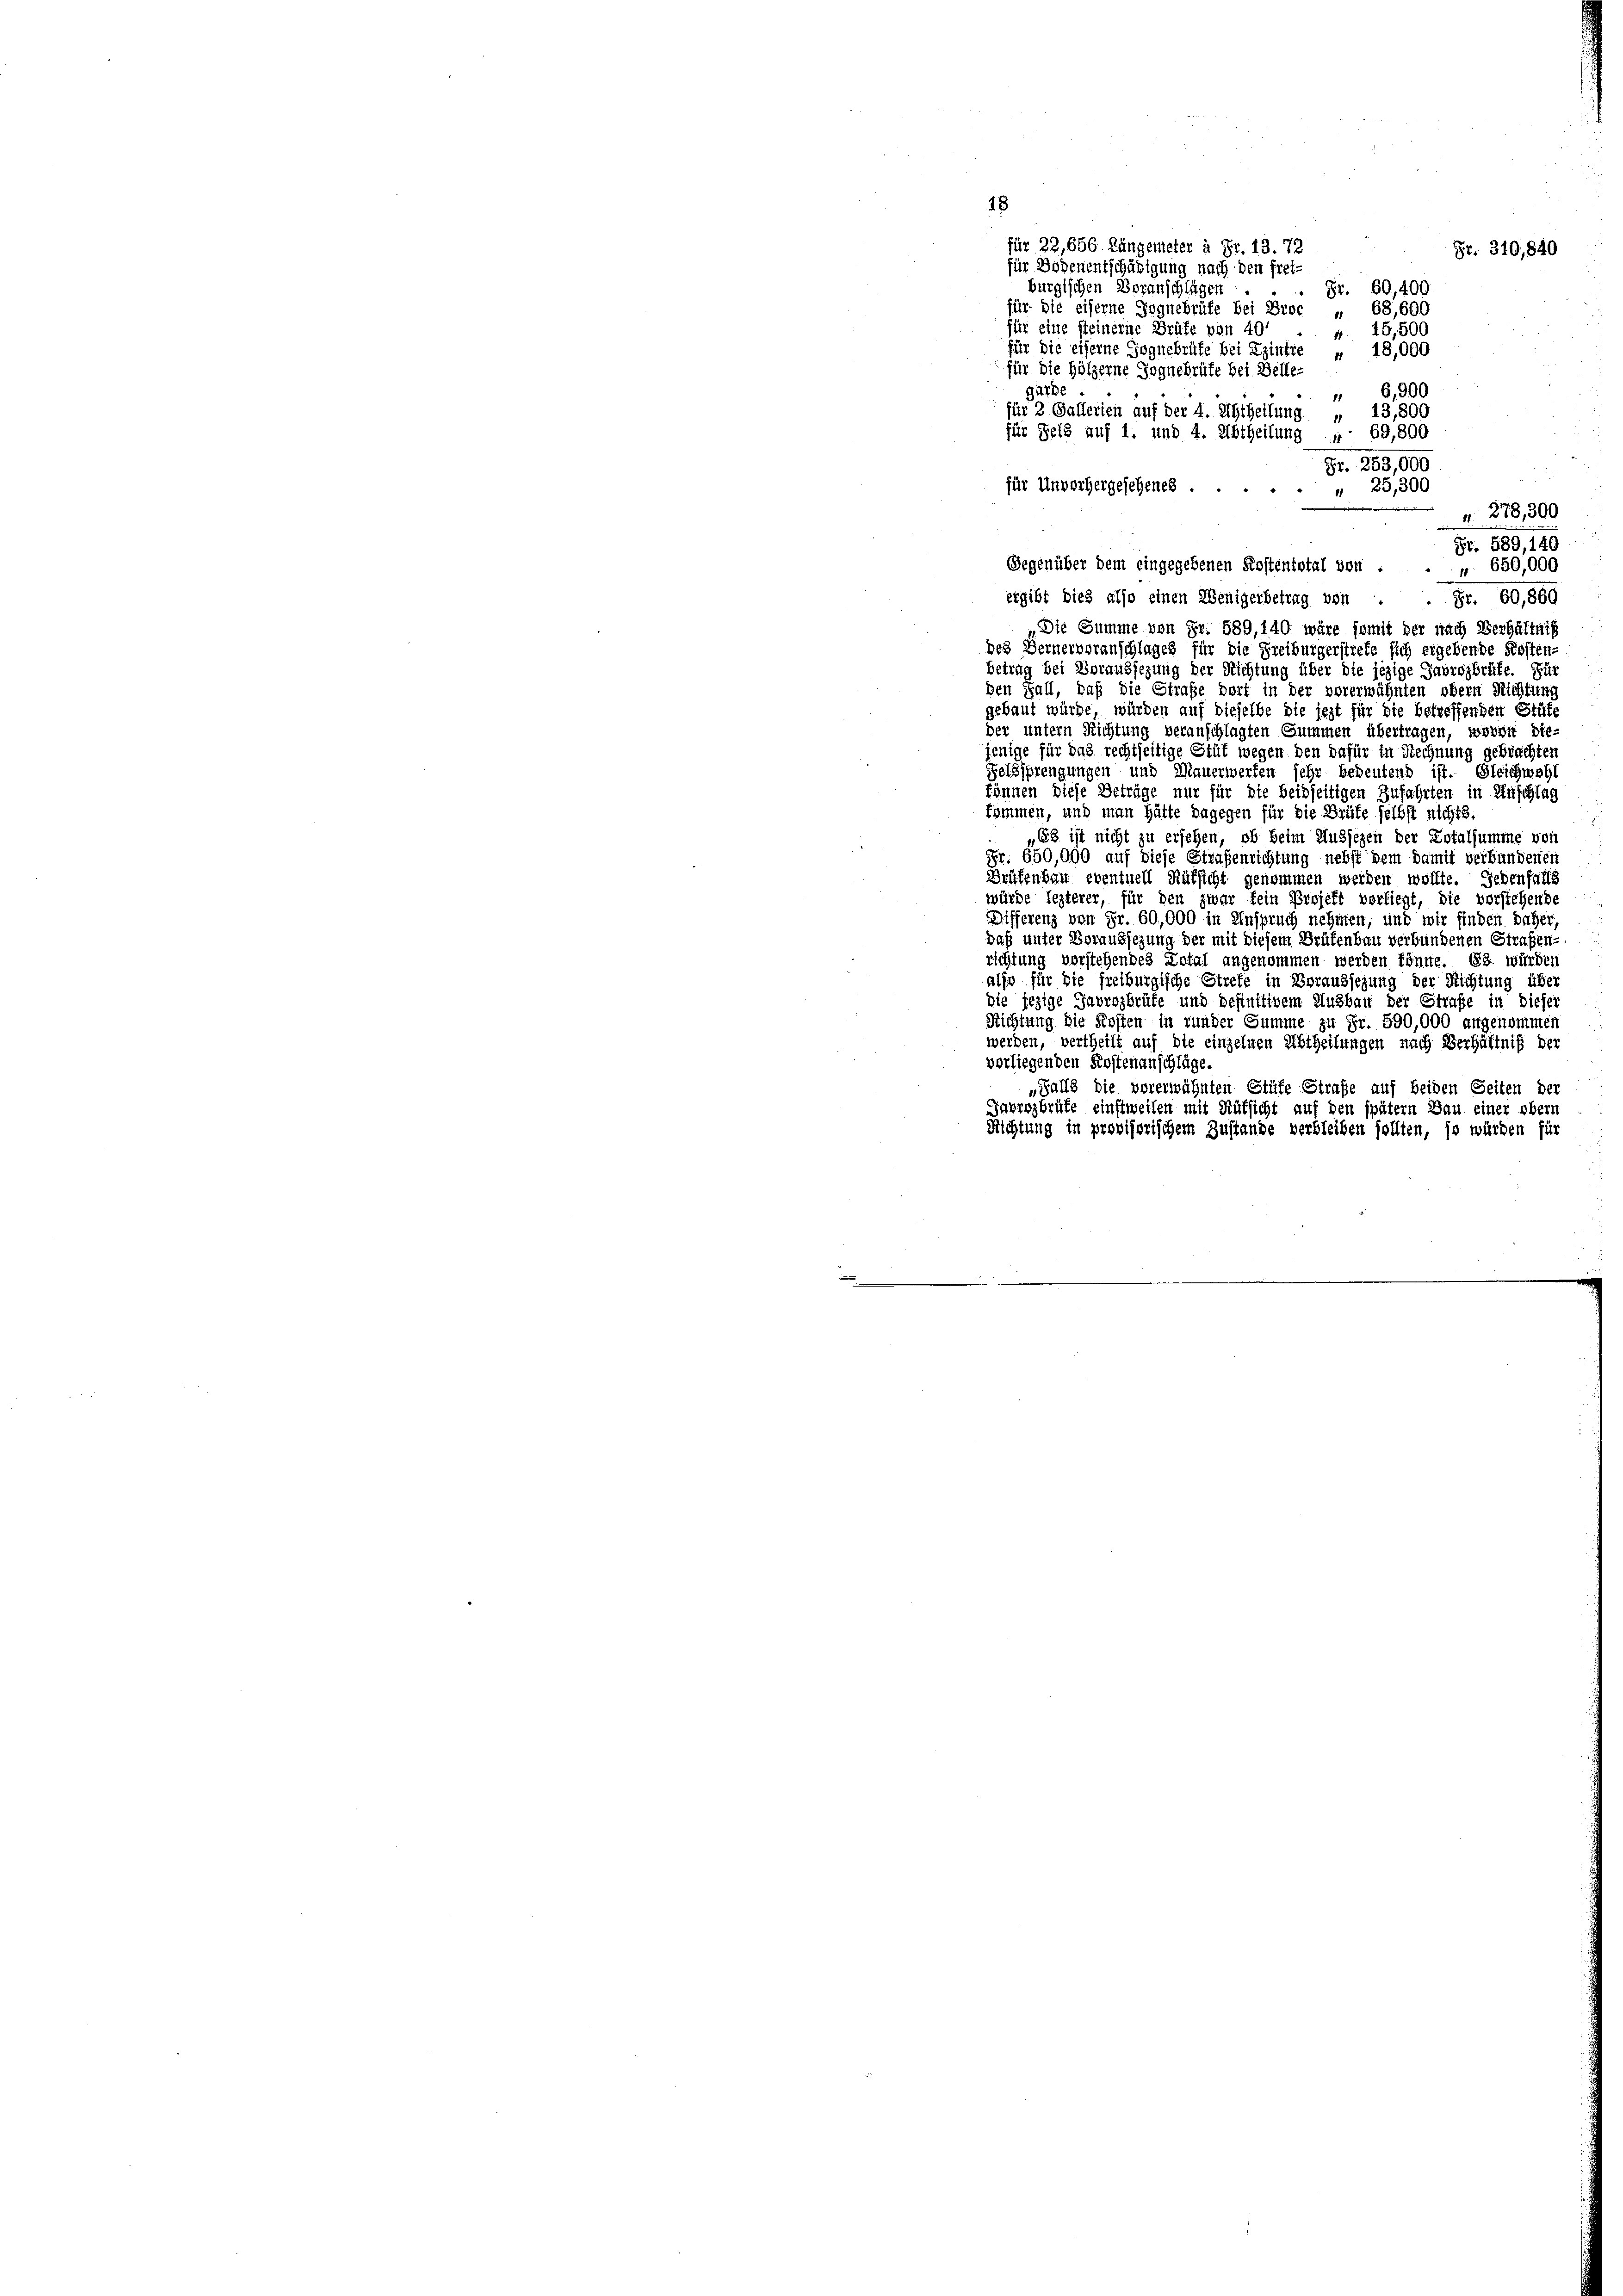
18
für 22, 656 Längemeter à Fr. 13. 72
für Bodenentschädigung nach den frei-
burgischen Voranschlägen.
für die eiserne Jognebrüfe bei Broc „ 68,600
für eine steinerne Brüfe von 40
 15,500
für die eiserne Goguebrüfe bei Eintre » 18,000
für die Hölzerne Jognebrüte bei Belle-
garde
 6,900
für 2 Gallerien auf der 4. Abtheilung „ 13,800
für Pelz auf 1. und 4. Abtheilung „ 69,800
Fr. 253,000
für Unvorhergesehenes.
" 25,300
 278,300
Fr. 589, 140
Gegenüber dem eingegebenen Kostentotal von .
" 650,000
ergibt dies also einen Wenigerbetrag von
Fr. 60, 800
„Die Summe von Fr. 589, 140. wäre somit der nach Verhältnis
des Bernervoranschlages für die Freiburgerstrete sich ergebende Kosten-
betrag bei Voraussezung der Richtung über die jezige Javrojbrüte. Fü
den Fall, daß die Straße dort in der vorerwähnten obern Richtin
gebaut würde, würden auf dieselbe die jezt für die betreffenden Stuf
der untern Richtung veranschlagten Summen übertragen, wovon die
jenige für das rechtseitige Stüt wegen den dafür in Rechnung gebrachten
Feldsprengungen und Mauerwerfen sehr bedeutend ist. Gleichwohl
können diese Beträge nur für die beidseitigen Zufahrten in Anschlag
kommen, und man hätte dagegen für die Brüfe selbst nichts
68 ist nicht zu ersehen, ob beim Audjezen der Dotalsumme von
Fr. 650,000 auf diese Strafenrichtung nebst dem damit verbundenen
Brüfenbau eventuell Rüksicht genommen werden wollte. Jedenfalls
würde lezterer, für den zwar fein Projekt vorliegt, die vorstehende
Differenz von Fr. 60,000 in Anspruch nehmen, und wir finden daher
daß unter Voraussezung der mit diesem Brüfenbau verbundenen Straßen-
richtung verstehendes Total angenommen werden könne. Es würder
also für die freiburgische Strete in Voraussezung der Richtung über
die jezige Gabrezbrüfe und befinitivem Ausbau der Straße in Diefer
Richtung die Kosten in runder Summe zu Fr. 590,000 angenommen
werden, vertheilt auf die einzelnen Abtheilungen nach Verhältniß der
verliegenden Kostenanschläge.
„Falls die vorerwähnten Stüfe Straße auf beiden Seiten der
Jabrozbrüfe einstweilen mit Rüksicht auf den spätem Bau einer obern
Richtung in provisorischem Zustande verbleiben sollten, so würden für

Fr. 340, 840
Fr. 60, 400.